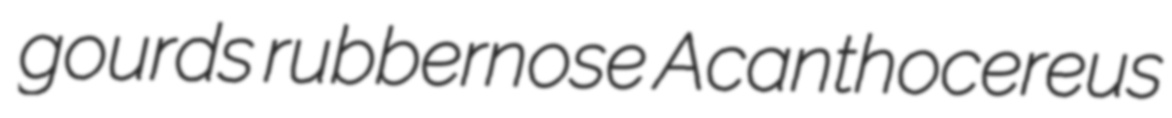
gourds rubbernose Acanthocereus